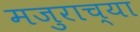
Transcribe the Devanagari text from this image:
मजुराच्या